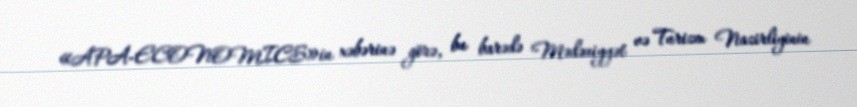
«APA-ECONOMICS»in xəbərinə görə, bu barədə Mədəniyyət və Turizm Nazirliyinin